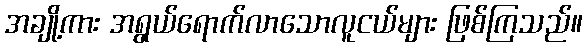
အချို့ကား အရွယ်ရောက်လာသောလူငယ်များ ဖြစ်ကြသည်။